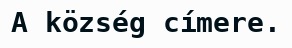
A község címere.